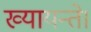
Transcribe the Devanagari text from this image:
ख्यायन्ते।